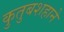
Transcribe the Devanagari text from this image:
कुतुबशहाने